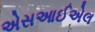
એસઆઈએલ